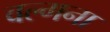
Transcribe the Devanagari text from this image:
वल्गना